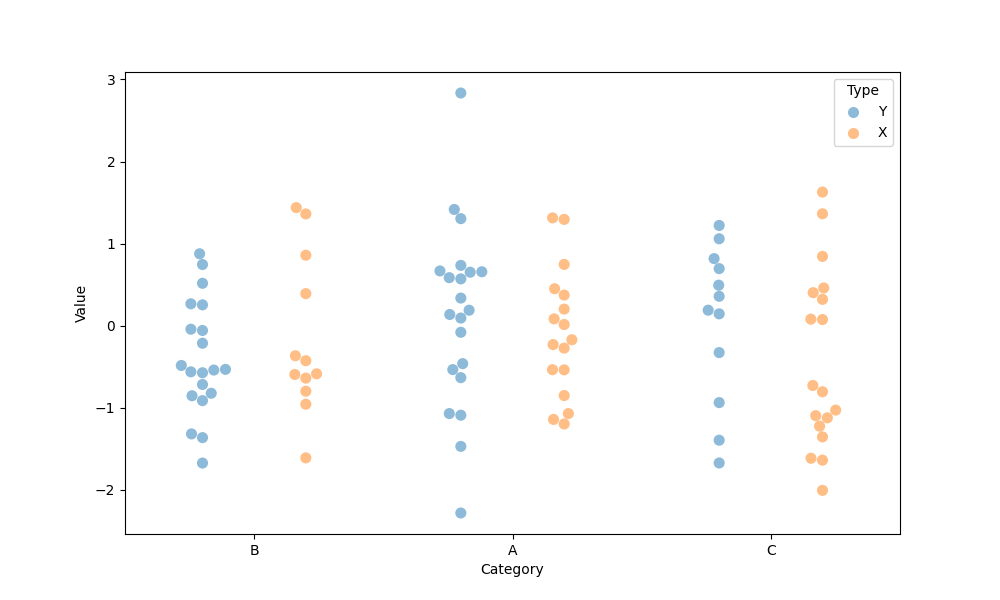
python, seaborn, swarmplot, dodge=True, alpha=0.5, size=8